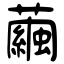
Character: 繭